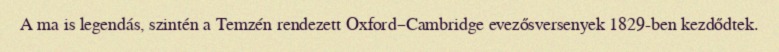
A ma is legendás, szintén a Temzén rendezett Oxford–Cambridge evezősversenyek 1829-ben kezdődtek.